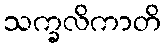
သက္ခလိကာတိ